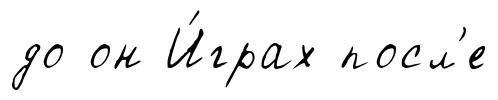
до он И́грах посл'е